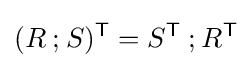
(R\mathbin {;} S)^{\textsf {T}}=S^{\textsf {T}}\mathbin {;} R^{\textsf {T}}